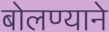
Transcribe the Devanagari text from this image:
बोलण्याने